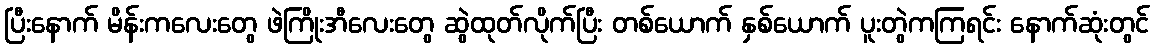
ပြီးနောက် မိန်းကလေးတွေ ဖဲကြိုးအီလေးတွေ ဆွဲထုတ်လိုက်ပြီး တစ်ယောက် နှစ်ယောက် ပူးတွဲကကြရင်း နောက်ဆုံးတွင်